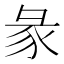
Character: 彖